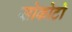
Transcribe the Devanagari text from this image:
सोकोटो